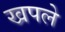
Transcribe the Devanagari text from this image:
खपले